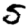
Digit: 5